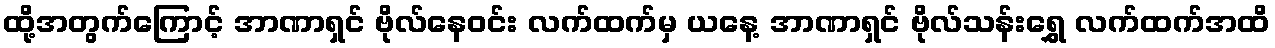
ထို့အတွက်ကြောင့် အာဏာရှင် ဗိုလ်နေဝင်း လက်ထက်မှ ယနေ့ အာဏာရှင် ဗိုလ်သန်းရွှေ လက်ထက်အထိ